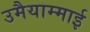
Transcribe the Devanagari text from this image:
उमैयाम्माई